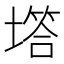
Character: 㙮